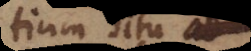
tium situ ad